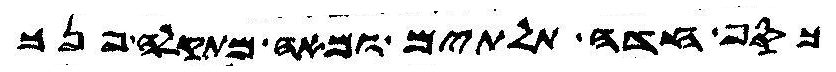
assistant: כסף חדה תלתים ומאה מתקלה פנך